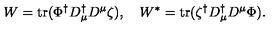
W = \mathrm { t r } ( \Phi ^ { \dagger } D _ { \mu } ^ { \dagger } D ^ { \mu } \zeta ) , \quad W ^ { \ast } = \mathrm { t r } ( \zeta ^ { \dagger } D _ { \mu } ^ { \dagger } D ^ { \mu } \Phi ) .